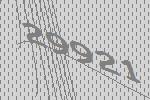
29921